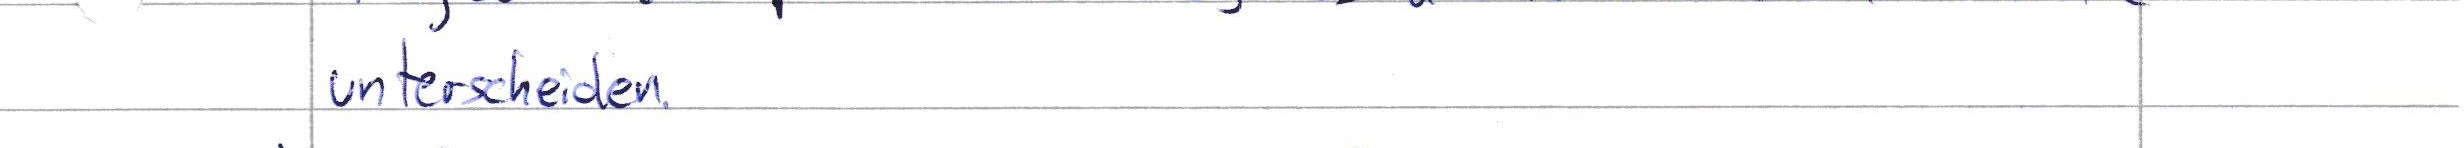
unterscheiden